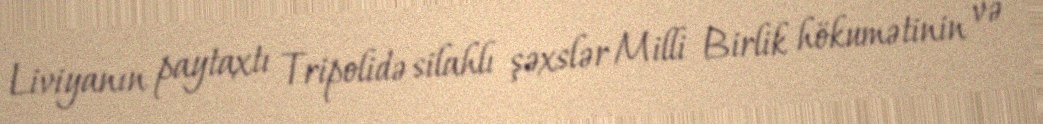
Liviyanın paytaxtı Tripolidə silahlı şəxslər Milli Birlik hökumətinin və